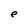
Character: e